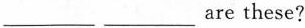
___ ___are these?